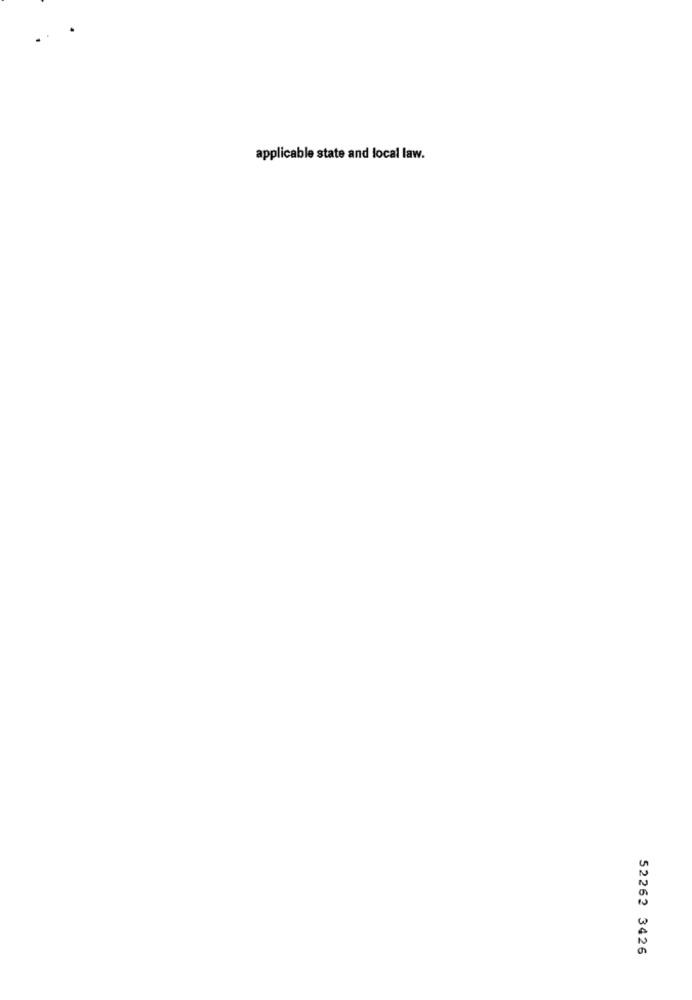
applicable state and local law.
52262 3426